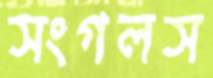
সংগলস